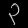
Digit: ၃